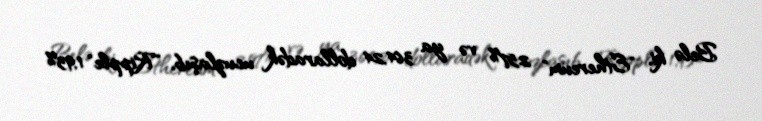
Belə ki, "Ethereum" 2,57% və ya 364,24 dollaradək ucuzlaşıb, "Ripple" 1,93%